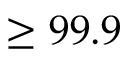
\geq 9 9 . 9